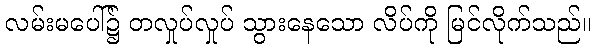
လမ်းမပေါ်၌ တလှုပ်လှုပ် သွားနေသော လိပ်ကို မြင်လိုက်သည်။